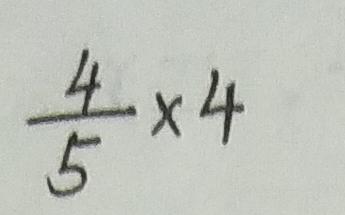
\frac { 4 } { 5 } \times 4